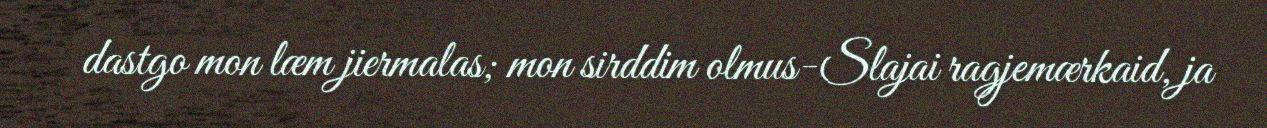
dastgo mon læm jiermalas; mon sirddim olmus-Slajai ragjemærkaid, ja